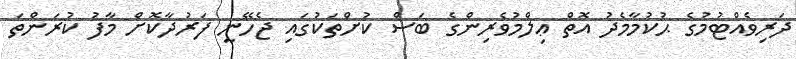
ދަރިވެއްޓުމުގެ ޙުކުމާމެދު އޮތް ޢިލްމުވެރިންގެ ބަސް ކުށްތަކުގައި ޖެހޭނީ ފަރުދާކޮށް މާފު ކުރަންތަ